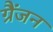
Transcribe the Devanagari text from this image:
ग्रैंजन